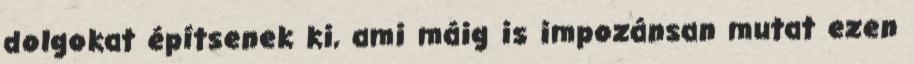
dolgokat építsenek ki, ami máig is impozánsan mutat ezen